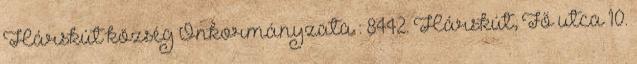
Hárskút község Önkormányzata : 8442. Hárskút, Fő utca 10.